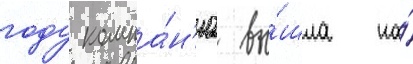
году компа́н'иа вы́шла на́